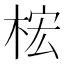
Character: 𱣢